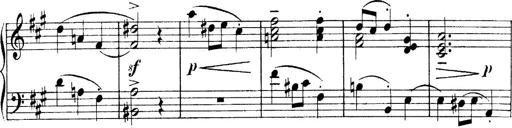
Title: 4 Sonatines
Composer: Max Reger